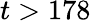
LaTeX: t>178